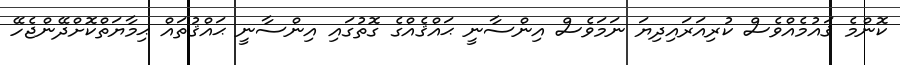
ކޮންމެ ޤައުމެއްވެސް ކުރިއަރައިދިޔަ ނަމަވެސް އިންސާނީ ޙައްޤެއްގެ ގޮތުގައި އިންސާނީ ޙައްޤުތައް ޙިމާޔަތްކޮށްދޭންޖެހޭ